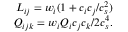
\begin{array} { r } { L _ { i j } = w _ { i } ( 1 + c _ { i } c _ { j } / c _ { s } ^ { 2 } ) } \\ { Q _ { i j k } = w _ { i } Q _ { i } c _ { j } c _ { k } / 2 c _ { s } ^ { 4 } . } \end{array}